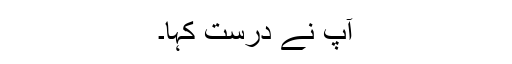
آپ نے درست کہا۔